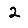
Digit: 2